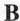
B